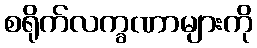
စရိုက်လက္ခဏာများကို